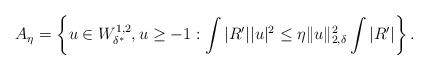
LaTeX: \begin{align*}A_{\eta} = \left\{ u\in W^{1,2}_{\delta^*}, u\ge -1: \int |R'| |u|^2 \le \eta \|u\|_{2,\delta}^2 \int |R'|\right\}.\end{align*}